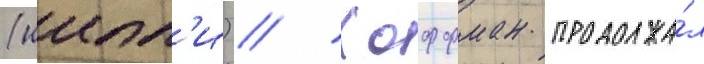
(иипп'и) // Хоффман продолжа́л